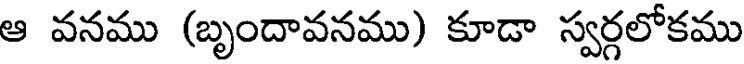
ఆ వనము (బృందావనము) కూడా స్వర్గలోకము